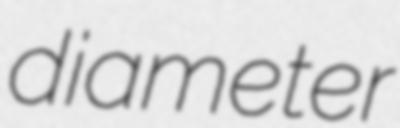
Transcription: diameter